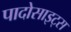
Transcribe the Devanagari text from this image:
पादोसाइट्स